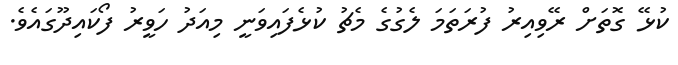
ކުޅޭ ގޮތަށް ރޭވިއިރު ފުރަތަމަ ލެގުގެ މެޗު ކުޅެފައިވަނީ މިއަދު ހަވީރު ފޯކައިދޫގައެވެ.